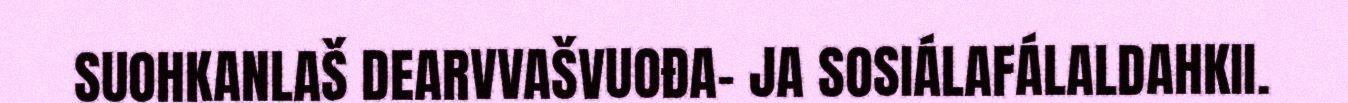
SUOHKANLAŠ DEARVVAŠVUOĐA- JA SOSIÁLAFÁLALDAHKII.